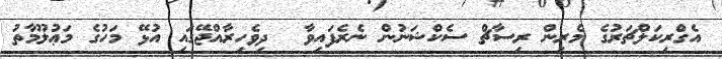
އެގްރިކަލްޗަރުގެ މެރިން ރިސާޗް ސެކްޝަނުން ނެރެފައިވާ  ދިވެހިރާއްޖޭގައި އުޅޭ މަހުގެ މަޢުލޫމާތު